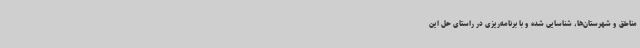
مناطق و شهرستان‌ها، شناسایی شده و با برنامه‌ریزی در راستای حل این